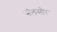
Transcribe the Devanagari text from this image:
सेलसौर